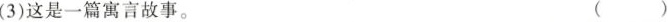
(3)这是一篇寓言故事。 ( )